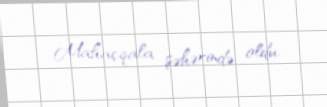
Mahaçqala şəhərində oldu.